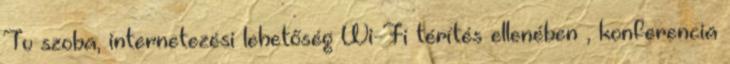
Tv szoba, internetezési lehetőség Wi-Fi térítés ellenében , konferencia